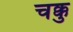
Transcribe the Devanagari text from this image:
चक्कु